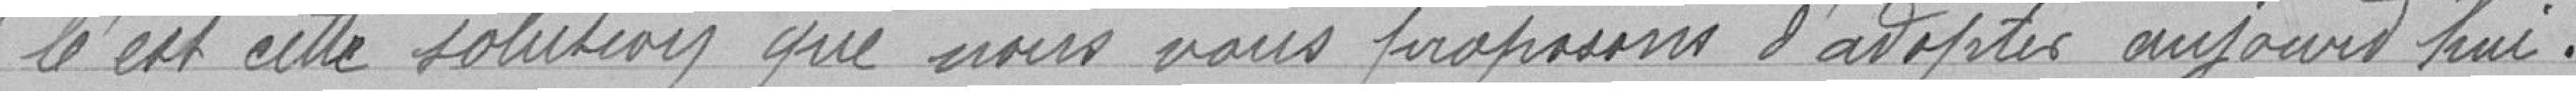
" C'est cette solution que nous vous proposons d'adopter aujourd'hui.